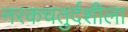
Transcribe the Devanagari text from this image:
नरकचतुर्दशीला